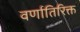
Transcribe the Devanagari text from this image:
वर्णातिरिक्त